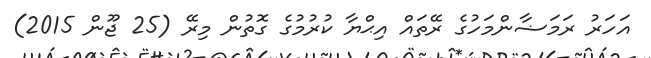
އަހަރު ރަމަޟާންމަހުގެ ރޭތައް އިޙްޔާ ކުރުމުގެ ގޮތުން މިރޭ (25 ޖޫން 2015)